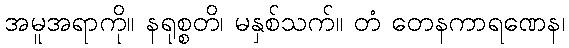
အမူအရာကို။ နရုစ္စတိ၊ မနှစ်သက်။ တံ တေနကာရဏေန၊